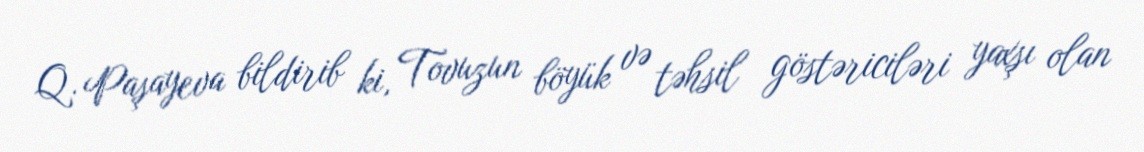
Q. Paşayeva bildirib ki, Tovuzun böyük və təhsil göstəriciləri yaxşı olan